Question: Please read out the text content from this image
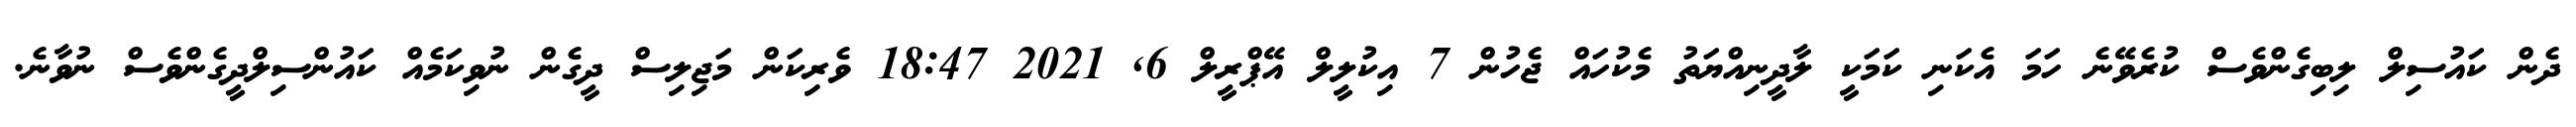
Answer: ދެން ކައުސިލް ލިބިގެންވެސް ކުރެވޭނެ ހަމަ އެކަނި ކަމަކީ ލާދީނިއްޔަތު މެކުހައް ޖެހުން 7 އިކުލީލް އޭޕްރީލް 6, 2021 18:47 ވެރިކަން މަޖިލިސް ދީގެން ނުވިކަމެއް ކައުންސިލްދީގެންވެސް ނުވާނެ.